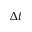
\Delta t